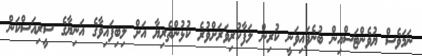
ނަމަވެސް ޔުވެންޓަސްއިން ބުނެފައިވަނީ ކުރިން ލަފާކުރިވަރަށްވުރެ ކުޅުންތެރިޔާ އަށް ލިބިފައިވާގެ އަނިޔާގެ ސީރިއަސްކަން